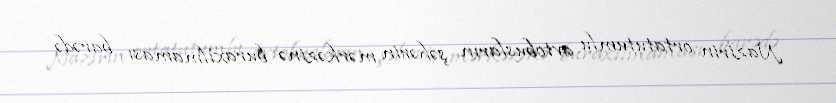
Nazirin ortatutumlu avtobusların şəhərin mərkəzinə buraxılmaması barədə